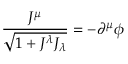
\frac { J ^ { \mu } } { \sqrt { 1 + J ^ { \lambda } J _ { \lambda } } } = - \partial ^ { \mu } \phi